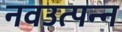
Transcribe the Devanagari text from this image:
नवउत्पन्न